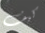
كيف